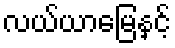
လယ်ယာမြေနှင့်